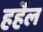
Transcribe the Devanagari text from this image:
हर्हेल